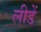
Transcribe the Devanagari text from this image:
लीडें